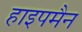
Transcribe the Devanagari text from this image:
हाइपमैन